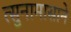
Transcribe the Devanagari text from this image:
त्सुनामासाने